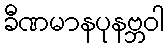
ခီဏမာနပုနဗ္ဘဝါ